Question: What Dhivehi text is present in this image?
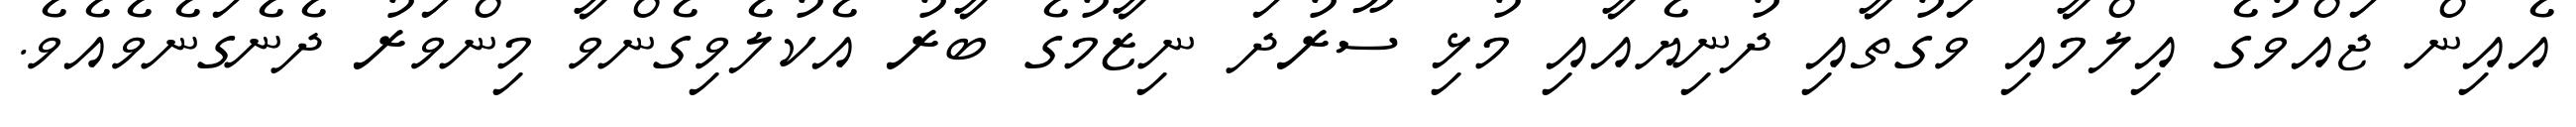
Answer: އެއިން ޖައްވުގެ އިލްމާއި ވަގުތާއި ދުނިޔެއާއި މުޅި ސޫރުދަ ނިޒާމުގެ ބާރު އެކުލެވިގެންވާ މިންވަރު ދެނެގަނެވެއެވެ.